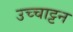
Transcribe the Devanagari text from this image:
उच्चाट्टन